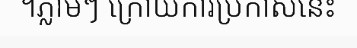
។ភ្លាមៗ ក្រោយការប្រកាសនេះ